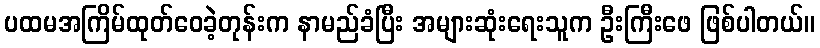
ပထမအကြိမ်ထုတ်ဝေခဲ့တုန်းက နာမည်ခံပြီး အများဆုံးရေးသူက ဦးကြီးဖေ ဖြစ်ပါတယ်။